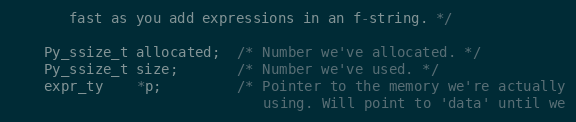
Language: C
       fast as you add expressions in an f-string. */

    Py_ssize_t allocated;  /* Number we've allocated. */
    Py_ssize_t size;       /* Number we've used. */
    expr_ty    *p;         /* Pointer to the memory we're actually
                              using. Will point to 'data' until we